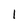
Character: 1